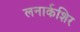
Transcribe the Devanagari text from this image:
लनार्कशिर